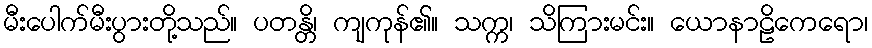
မီးပေါက်မီးပွားတို့သည်။ ပတန္တိ၊ ကျကုန်၏။ သက္က၊ သိကြားမင်း။ ယောနာဠိကေရော၊